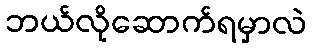
ဘယ်လိုဆောက်ရမှာလဲ